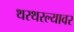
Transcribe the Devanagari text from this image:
थरथरल्यावर